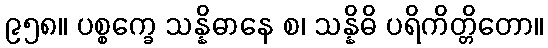
၉၅၈။ ပစ္စက္ခေ သန္နိဓာနေ စ၊ သန္နိဓိ ပရိကိတ္တိတော။